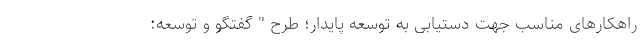
راهکارهای مناسب جهت دستیابی به توسعه پایدار؛ طرح " گفتگو و توسعه: